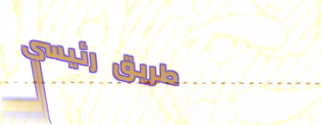
طريق رئيسي